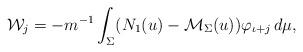
LaTeX: \begin{align*}\mathcal{W}_j=-m^{-1} \int_\Sigma (N_1(u)-\mathcal{M}_\Sigma(u))\varphi_{\iota+j}\, d\mu,\end{align*}